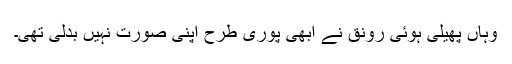
وہاں پھیلی ہوئی رونق نے ابھی پوری طرح اپنی صورت نہیں بدلی تھی۔